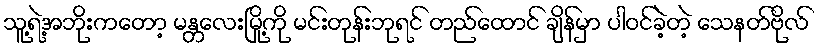
သူ့ရဲ့အဘိုးကတော့ မန္တလေးမြို့ကို မင်းတုန်းဘုရင် တည်ထောင် ချိန်မှာ ပါဝင်ခဲ့တဲ့ သေနတ်ဗိုလ်